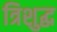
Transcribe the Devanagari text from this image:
त्रिशुद्ध